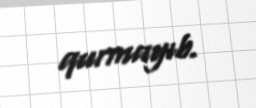
qurmayıb.